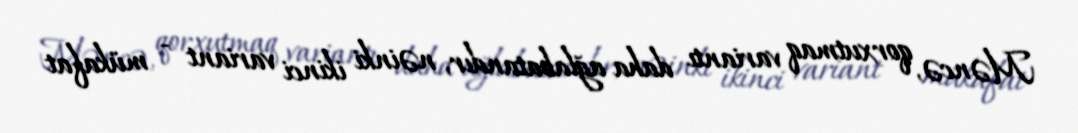
Məncə, qorxutmaq variantı daha ağlabatandır, nəinki ikinci variant - mükafat